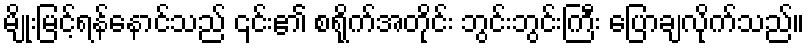
မျိုးမြင့်ရန်နောင်သည် ၎င်း၏ စရိုက်အတိုင်း ဘွင်းဘွင်းကြီး ပြောချလိုက်သည်။